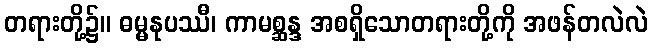
တရားတို့၌။ ဓမ္မနုပဿီ၊ ကာမစ္ဆန္ဒ အစရှိသောတရားတို့ကို အဖန်တလဲလဲ